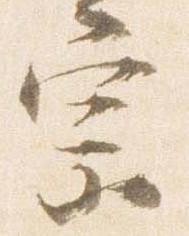
宗